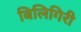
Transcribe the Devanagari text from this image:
बिलिगिरी